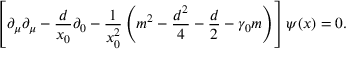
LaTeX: \left[ \partial _ { \mu } \partial _ { \mu } - \frac { d } { x _ { 0 } } \partial _ { 0 } - \frac { 1 } { x _ { 0 } ^ { 2 } } \left( m ^ { 2 } - \frac { d ^ { 2 } } { 4 } - \frac { d } { 2 } - \gamma _ { 0 } m \right) \right] \psi ( x ) = 0 .